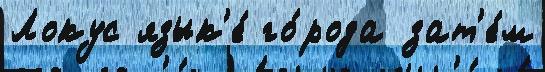
Локус язык'е́ го́рода зат'е́м